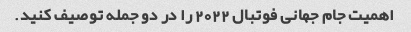
اهمیت جام جهانی فوتبال 2022 را در دو جمله توصیف کنید.